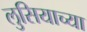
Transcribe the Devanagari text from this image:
लुसियाच्या